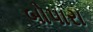
બોપારા